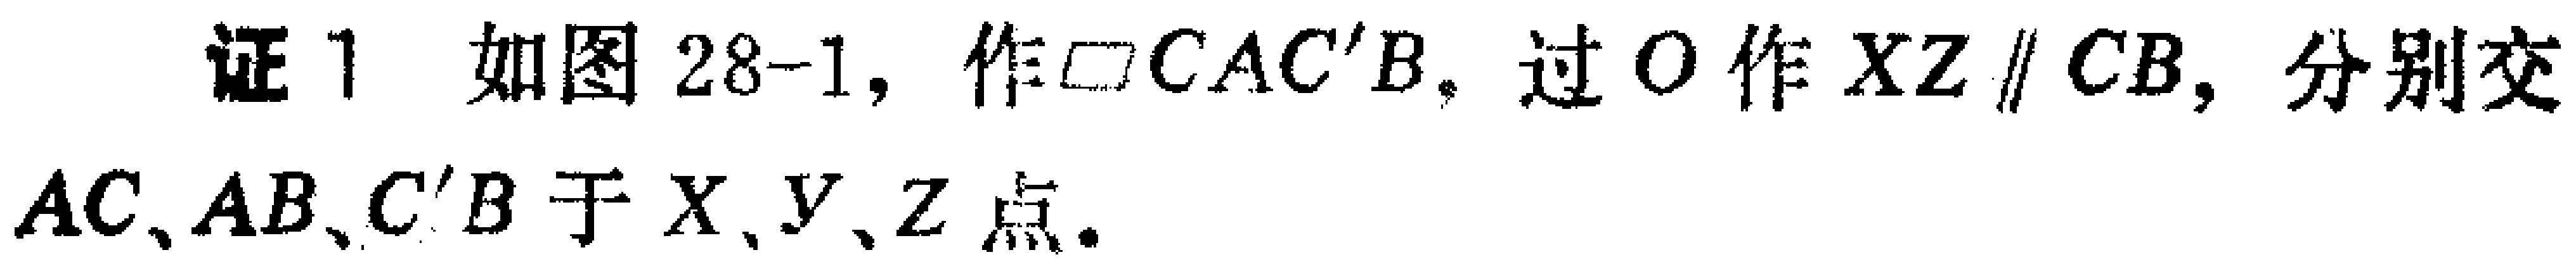
证1 如图28-1, 作$\square CAC'B$. 过$O$作$XZ\parallel CB$, 分别交$AC、AB、C'B$于$X、Y、Z$点.